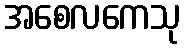
အစေလကေသု